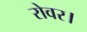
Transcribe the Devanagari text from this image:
रोवर।